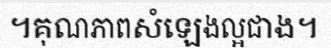
។គុណភាពសំឡេងល្អជាង។